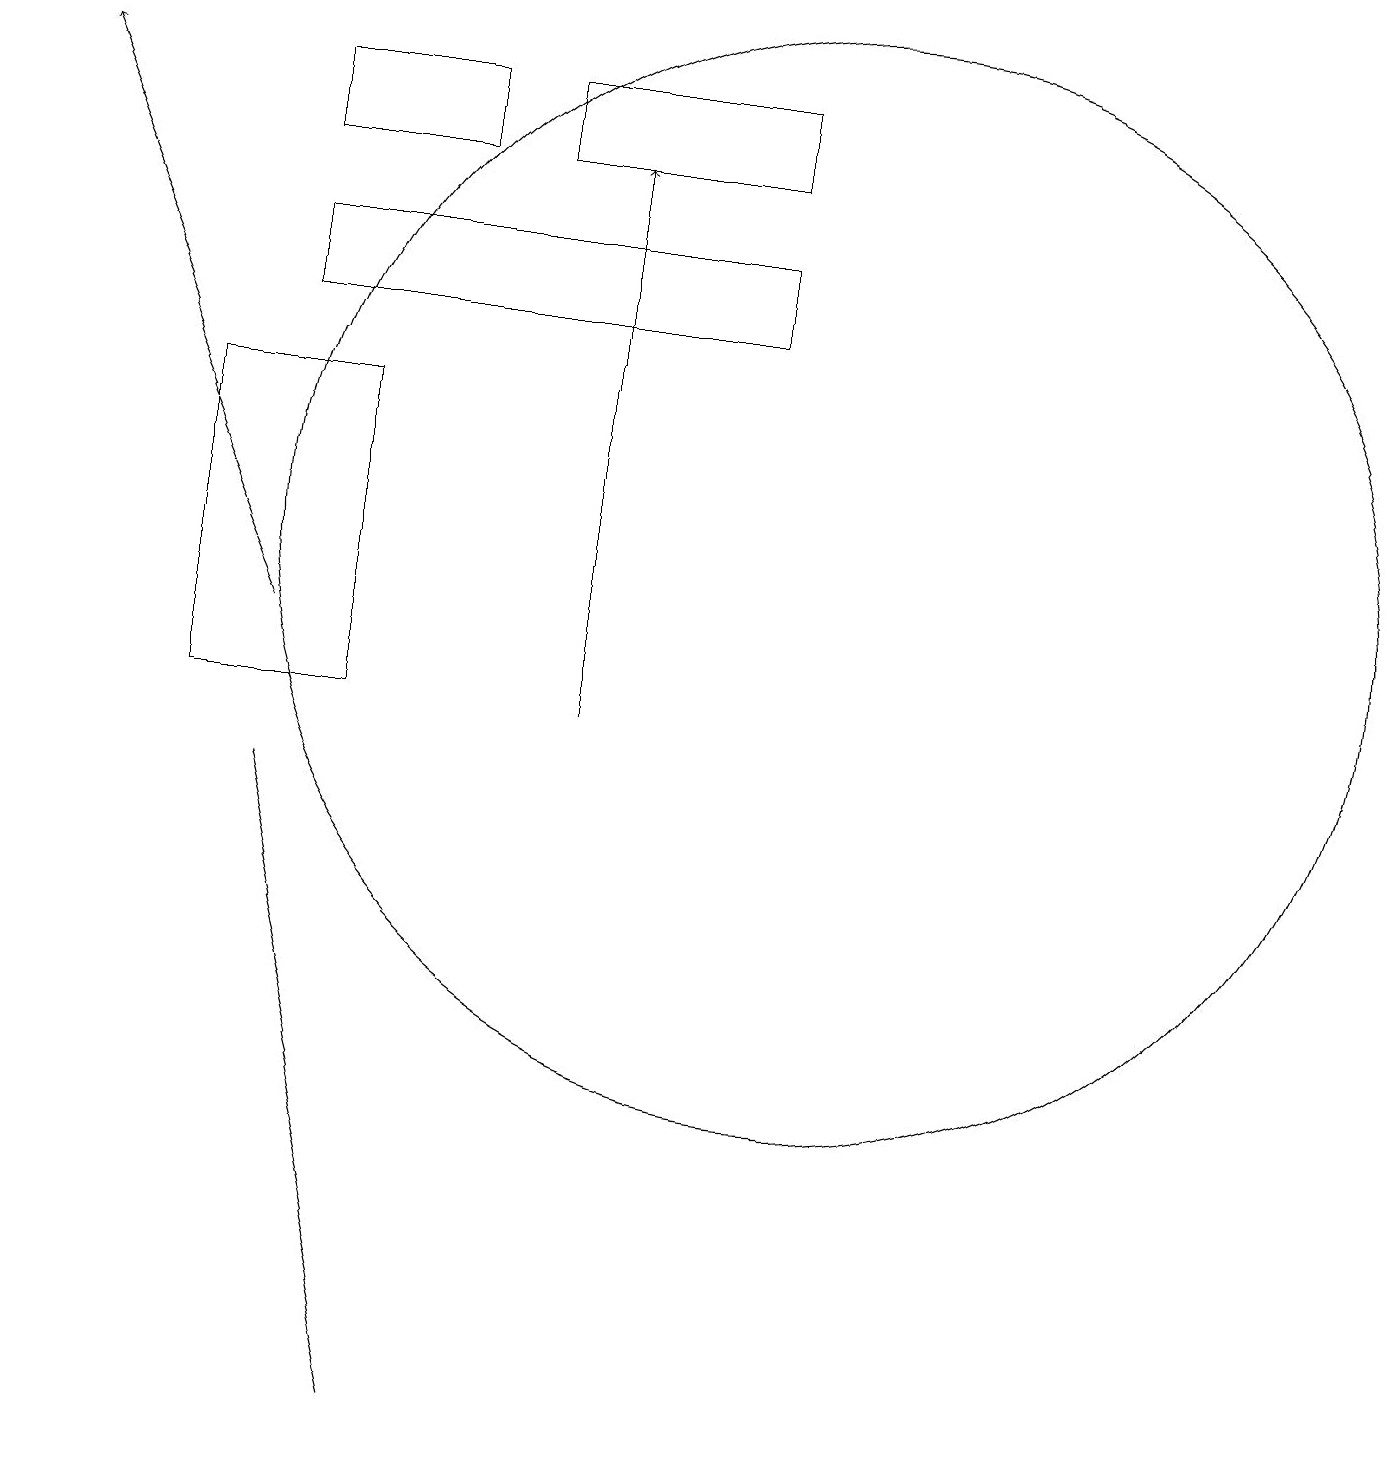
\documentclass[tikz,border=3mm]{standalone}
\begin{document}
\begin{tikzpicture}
\draw (5,1) -- (3,9) -- (3,9) -- cycle;
\draw[->] (7,10) -- (7,17);
\draw (10,12) circle (7);
\draw (9,16) rectangle (3,15);
\draw (2,10) rectangle (4,14);
\draw (9,17) rectangle (6,18);
\draw[->] (3,11) -- (0,18);
\draw (5,18) rectangle (3,17);
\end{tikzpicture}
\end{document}